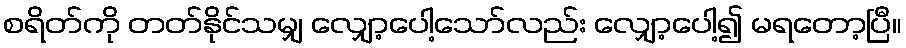
စရိတ်ကို တတ်နိုင်သမျှ လျှော့ပေါ့သော်လည်း လျှော့ပေါ့၍ မရတော့ပြီ။